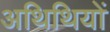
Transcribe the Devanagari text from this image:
अथिथियों